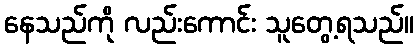
နေသည်ကို လည်းကောင်း သူတွေ့ရသည်။